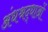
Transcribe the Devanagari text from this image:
अंधश्रद्धाओं